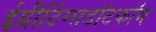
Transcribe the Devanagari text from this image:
ईग्रीटिंग्सडॉटकॉम